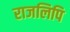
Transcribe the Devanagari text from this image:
राजलिपि